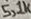
Text: 5,1K